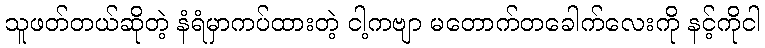
သူဖတ်တယ်ဆိုတဲ့ နံရံမှာကပ်ထားတဲ့ ငါ့ကဗျာ မတောက်တခေါက်လေးကို နင့်ကိုငါ